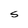
Character: S